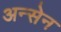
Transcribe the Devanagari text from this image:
अन्सेन